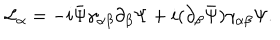
LaTeX: { \cal L } _ { \alpha } = - i \bar { \Psi } \gamma _ { \alpha \beta } \partial _ { \beta } \Psi + i ( \partial _ { \beta } \bar { \Psi } ) \gamma _ { \alpha \beta } \Psi .